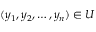
( y _ { 1 } , y _ { 2 } , \ldots , y _ { n } ) \in U